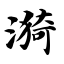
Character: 漪